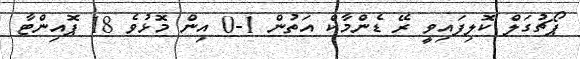
ޕޯޗުގަލް ކޮލިފައިވީ ރޭ ޑެންމާކް އަތުން 1-0 އިން މޮޅުވެ 18 ޕޮއިންޓާ